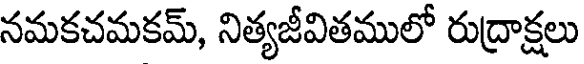
నమకచమకమ్, నిత్యజీవితములో రుద్రాక్షలు